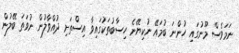
ނަމަވެސް މޫނުގައި ހުންނަ ބުމައޭ ނުކިޔޭނެ ހިސާބުތަކުގައިވާ އިސްތަށި ދުއްވާލުން ނުވަތަ ބޭލުން